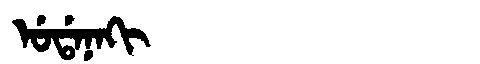
Manchu: ᡠᡩᠠᠨᠠᡴᡳ
Romanization: UDANAKI